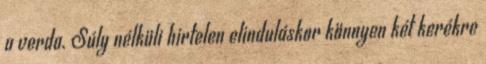
a verda. Súly nélküli hirtelen elinduláskor könnyen két kerékre